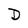
Character: D